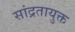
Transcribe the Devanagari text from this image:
सांद्रतायुक्त